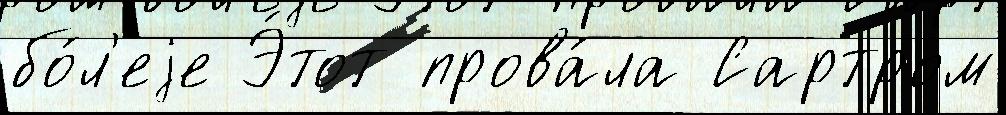
бо́л'еjе Э́тот прова́ла Сартром